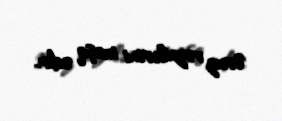
Əruz vəznlərini məşq edir..